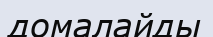
домалайды